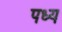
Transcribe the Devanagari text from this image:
पध्य